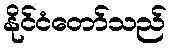
နိုင်ငံတော်သည်